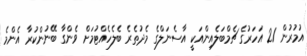
އުމުރުން 21 އަހަރުގެ ޗެމްބަލެއިންއަކީ އާސެނަލްގެ މެދުތެރެ ބެލެހެއްޓުމަށް ވެންގާ ބޭނުންކުރާ އެންމެ